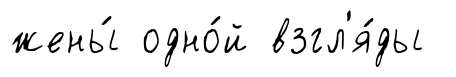
жены́ одно́й взгл'я́ды